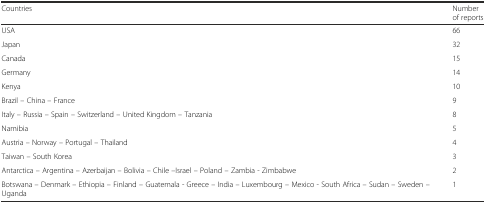
<table><thead><tr><td><b>Countries</b></td><td><b>Number of reports</b></td></tr></thead><tbody><tr><td>USA</td><td>66</td></tr><tr><td>Japan</td><td>32</td></tr><tr><td>Canada</td><td>15</td></tr><tr><td>Germany</td><td>14</td></tr><tr><td>Kenya</td><td>10</td></tr><tr><td>Brazil – China – France</td><td>9</td></tr><tr><td>Italy – Russia – Spain – Switzerland – United Kingdom – Tanzania</td><td>8</td></tr><tr><td>Namibia</td><td>5</td></tr><tr><td>Austria – Norway – Portugal – Thailand</td><td>4</td></tr><tr><td>Taiwan – South Korea</td><td>3</td></tr><tr><td>Antarctica – Argentina – Azerbaijan – Bolivia – Chile –Israel – Poland – Zambia - Zimbabwe</td><td>2</td></tr><tr><td>Botswana – Denmark – Ethiopia – Finland – Guatemala - Greece – India – Luxembourg – Mexico - South Africa – Sudan – Sweden – Uganda</td><td>1</td></tr></tbody></table>